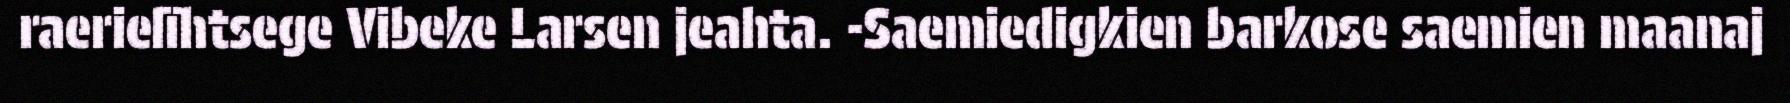
raerielïhtsege Vibeke Larsen jeahta. -Saemiedigkien barkose saemien maanaj